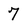
Character: 7